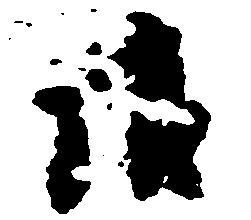
譲